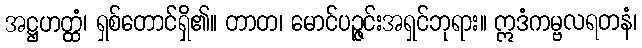
အဋ္ဌဟတ္ထံ၊ ရှစ်တောင်ရှိ၏။ တာတ၊ မောင်ပဉ္ဇင်းအရှင်ဘုရား။ ဣဒံကမ္ဗလရတနံ၊